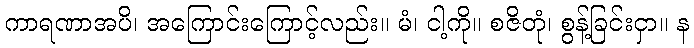
ကာရဏာအပိ၊ အကြောင်းကြောင့်လည်း။ မံ၊ ငါ့ကို။ စဇိတုံ၊ စွန့်ခြင်းငှာ။ န